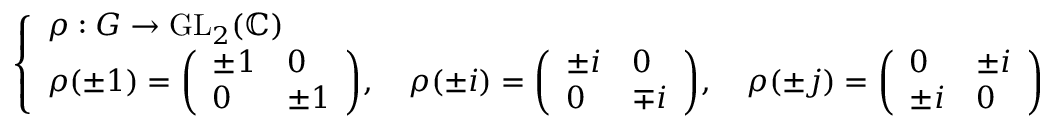
\left\{ \begin{array} { l l } { \rho : G \to { \mathrm { G L } } _ { 2 } ( \mathbb { C } ) } \\ { \rho ( \pm 1 ) = { \left( \begin{array} { l l } { \pm 1 } & { 0 } \\ { 0 } & { \pm 1 } \end{array} \right) } , \quad \rho ( \pm i ) = { \left( \begin{array} { l l } { \pm i } & { 0 } \\ { 0 } & { \mp i } \end{array} \right) } , \quad \rho ( \pm j ) = { \left( \begin{array} { l l } { 0 } & { \pm i } \\ { \pm i } & { 0 } \end{array} \right) } } \end{array} \right.